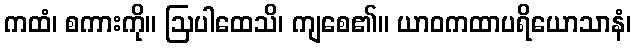
ကထံ၊ စကားကို။ ဩပါထေသိ၊ ကျစေ၏။ ယာဝကထာပရိယောသာနံ၊